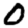
Digit: 0